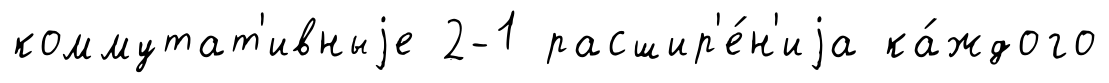
коммутат'ивныjе 2-1 расшир'е́н'иjа ка́ждого